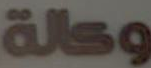
وكالة